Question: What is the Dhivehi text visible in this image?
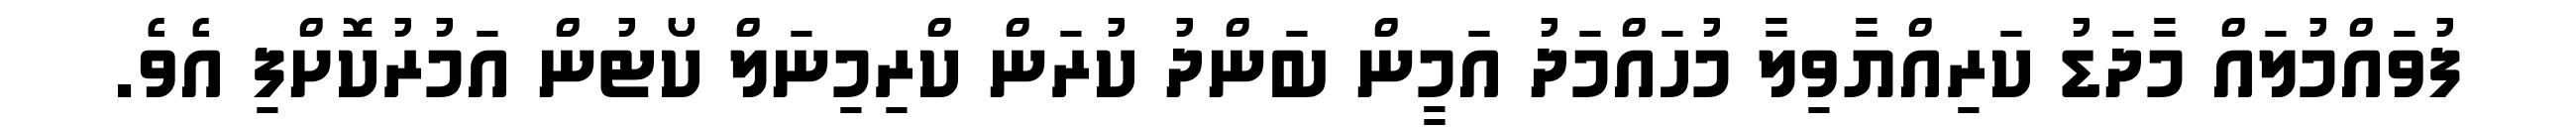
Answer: ފުވައްމުލައް މާދަޑު ކަރިއްޔާވިލާ މުހައްމަދު އަމީން ބަންދު ކުރަން ކްރިމިނަލް ކޯޓުން އަމުރުކޮށްފި އެވެ.